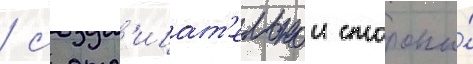
/ с отр'ицат'ельнои стороны́